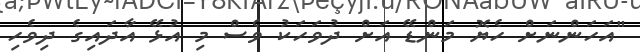
"އަހަންނަށް ހެޔޮ މަންޑޭ އަށް ދުވަހަކު ވެސް މި އުޅޭ އާދައިގެ ދިވެހި